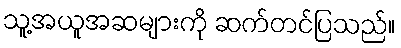
သူ့အယူအဆများကို ဆက်တင်ပြသည်။